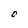
Character: O